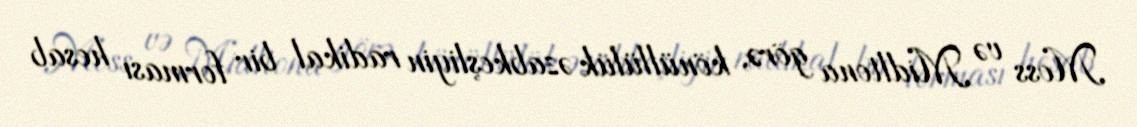
Moss və Midltona görə, könüllülük əzabkeşliyin radikal bir forması hesab